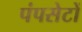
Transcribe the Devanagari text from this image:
पंपसेटों